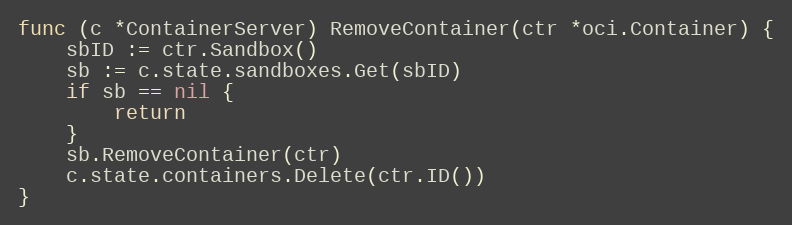
Language: Go
func (c *ContainerServer) RemoveContainer(ctr *oci.Container) {
	sbID := ctr.Sandbox()
	sb := c.state.sandboxes.Get(sbID)
	if sb == nil {
		return
	}
	sb.RemoveContainer(ctr)
	c.state.containers.Delete(ctr.ID())
}